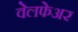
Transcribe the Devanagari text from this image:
वेलफेअर